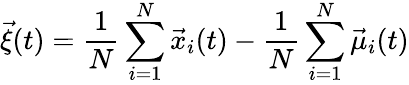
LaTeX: \vec{\xi}(t)=\frac{1}{N}\sum_{i=1}^{N}\vec{x}_{i}(t)-\frac{1}{N}\sum_{i=1}^{N}\vec{\mu}_{i}(t)